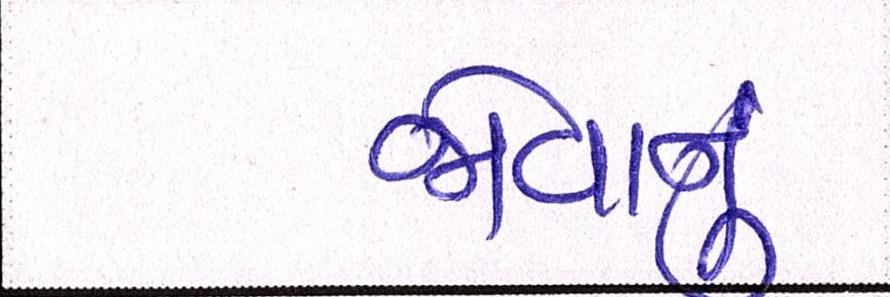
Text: જોવાનું